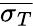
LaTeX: \overline{{\sigma_{T}}}